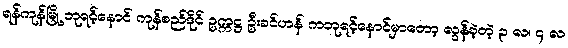
ရန်ကုန်မြို့ ဘုရင့်နောင် ကုန်စည်ဒိုင် ဥက္ကဋ္ဌ ဦးခင်ဟန် ကဘုရင့်နောင်မှာတော့ လွန်ခဲ့တဲ့ ၃ လ၊ ၄ လ